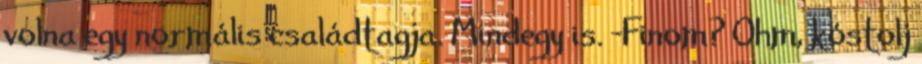
volna egy normális családtagja. Mindegy is. -Finom? Ohm, kóstolj